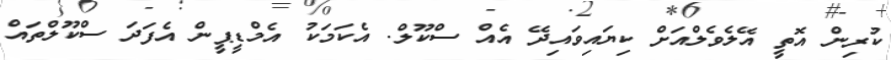
ކުރިން އޮތީ އޭލެވެލްއަށް ކިޔައިވައިދޭ އެއް ސްކޫލް. އެކަމަކު އެމްޑީޕީން އެފަދަ ސްކޫލްތައް